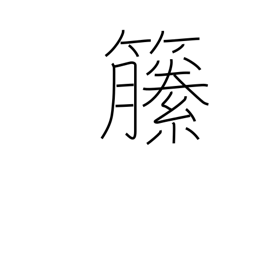
Meaning: climbing plants